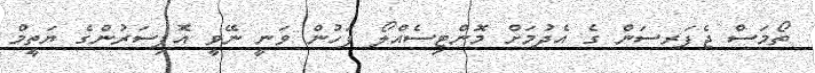
ތޯމަސް ޖެފަރސަން ގެ އެދުމަށް މޮންޓިސެއްލޯ ފަހުން ވަނީ ނޭވީ އޮފިސަރުންގެ ޔަތީމް